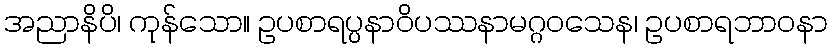
အညာနိပိ၊ ကုန်သော။ ဥပစာရပ္ပနာဝိပဿနာမဂ္ဂဝသေန၊ ဥပစာရဘာဝနာ